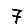
Digit: 7